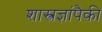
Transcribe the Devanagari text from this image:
शास्त्रज्ञांपैकी